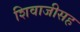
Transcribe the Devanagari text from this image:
शिवाजीसह